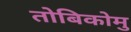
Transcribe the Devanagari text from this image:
तोबिकोमु